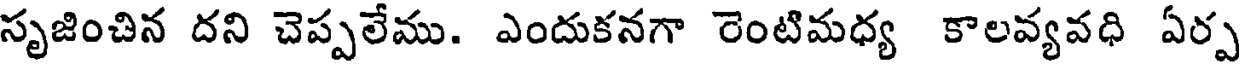
సృజించిన దని చెప్పలేము. ఎందుకనగా రెంటిమధ్య కాలవ్యవధి ఏర్ప